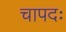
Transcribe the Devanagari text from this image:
चापदः